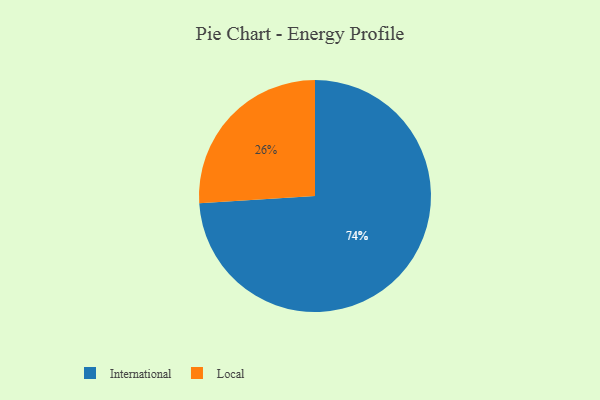
{"axis": {"x": "Category", "y": "Percentage"}, "legend": ["International", "Local"], "data": [{"x": "International", "y": 74, "type": "International"}, {"x": "Local", "y": 26, "type": "Local"}]}